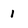
Character: 1